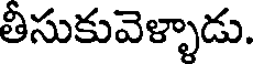
తీసుకువెళ్ళాడు.